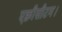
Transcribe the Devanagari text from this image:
एक्वीसीटम।